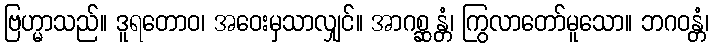
ဗြဟ္မာသည်။ ဒူရတောဝ၊ အဝေးမှသာလျှင်။ အာဂစ္ဆန္တံ၊ ကြွလာတော်မူသော။ ဘဂဝန္တံ၊